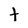
Character: t